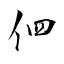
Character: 伵